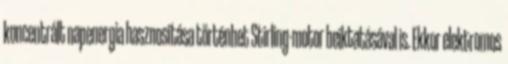
koncentrált napenergia hasznosítása történhet Stirling-motor beiktatásával is. Ekkor elektromos